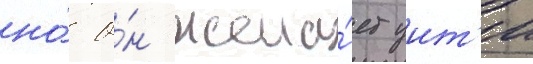
но́ о́н жела́ет уит'и